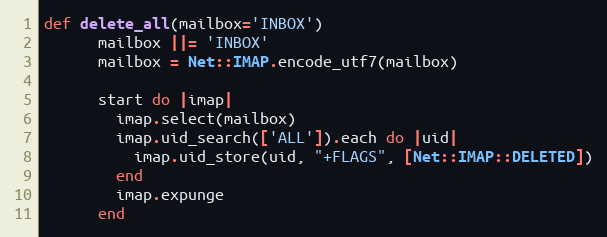
Language: Ruby
def delete_all(mailbox='INBOX')
      mailbox ||= 'INBOX'
      mailbox = Net::IMAP.encode_utf7(mailbox)

      start do |imap|
        imap.select(mailbox)
        imap.uid_search(['ALL']).each do |uid|
          imap.uid_store(uid, "+FLAGS", [Net::IMAP::DELETED])
        end
        imap.expunge
      end